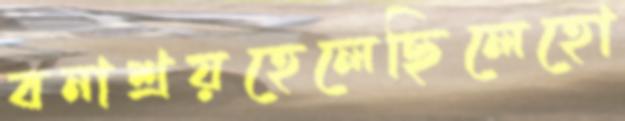
বনাশ্রয়হেলেছিলেহো